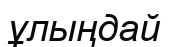
ұлыңдай